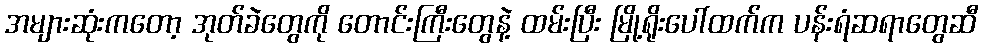
အများဆုံးကတော့ အုတ်ခဲတွေကို တောင်းကြီးတွေနဲ့ ထမ်းပြီး မြို့ရိုးပေါ်ထက်က ပန်းရံဆရာတွေဆီ